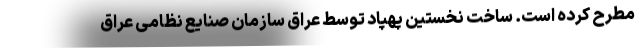
مطرح کرده است. ساخت نخستین پهپاد توسط عراق سازمان صنایع نظامی عراق